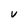
Character: V